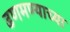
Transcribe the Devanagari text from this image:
ढणमण्याच्या